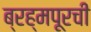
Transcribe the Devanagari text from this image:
ब्रह्मपूरची